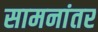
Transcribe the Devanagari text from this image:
सामनांतर